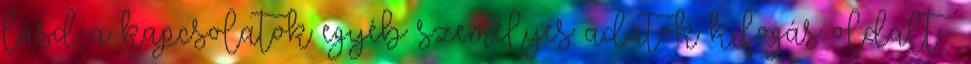
lásd a kapcsolatok egyéb személyes adatok kifogás oldalt .